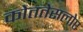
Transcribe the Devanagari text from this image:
कोततेसलोए